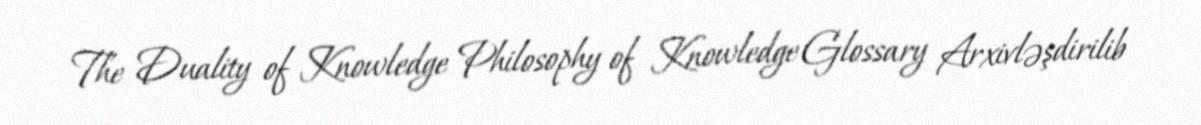
The Duality of Knowledge Philosophy of Knowledge Glossary Arxivləşdirilib